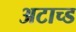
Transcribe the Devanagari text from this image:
अटाच्ड